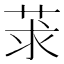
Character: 莍